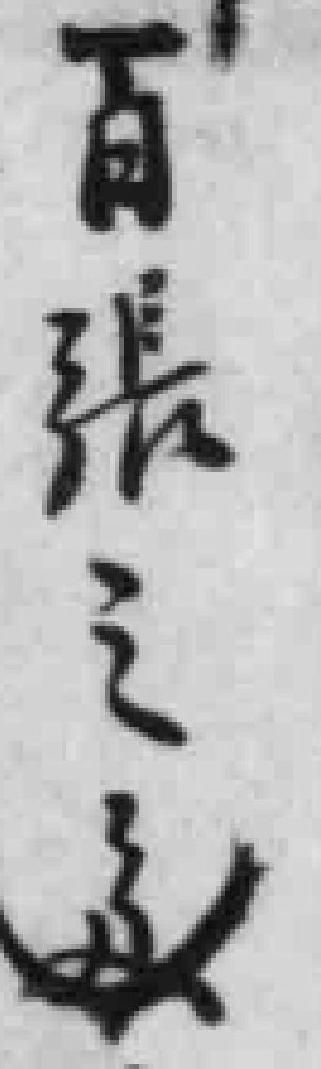
百张之*